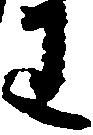
わ